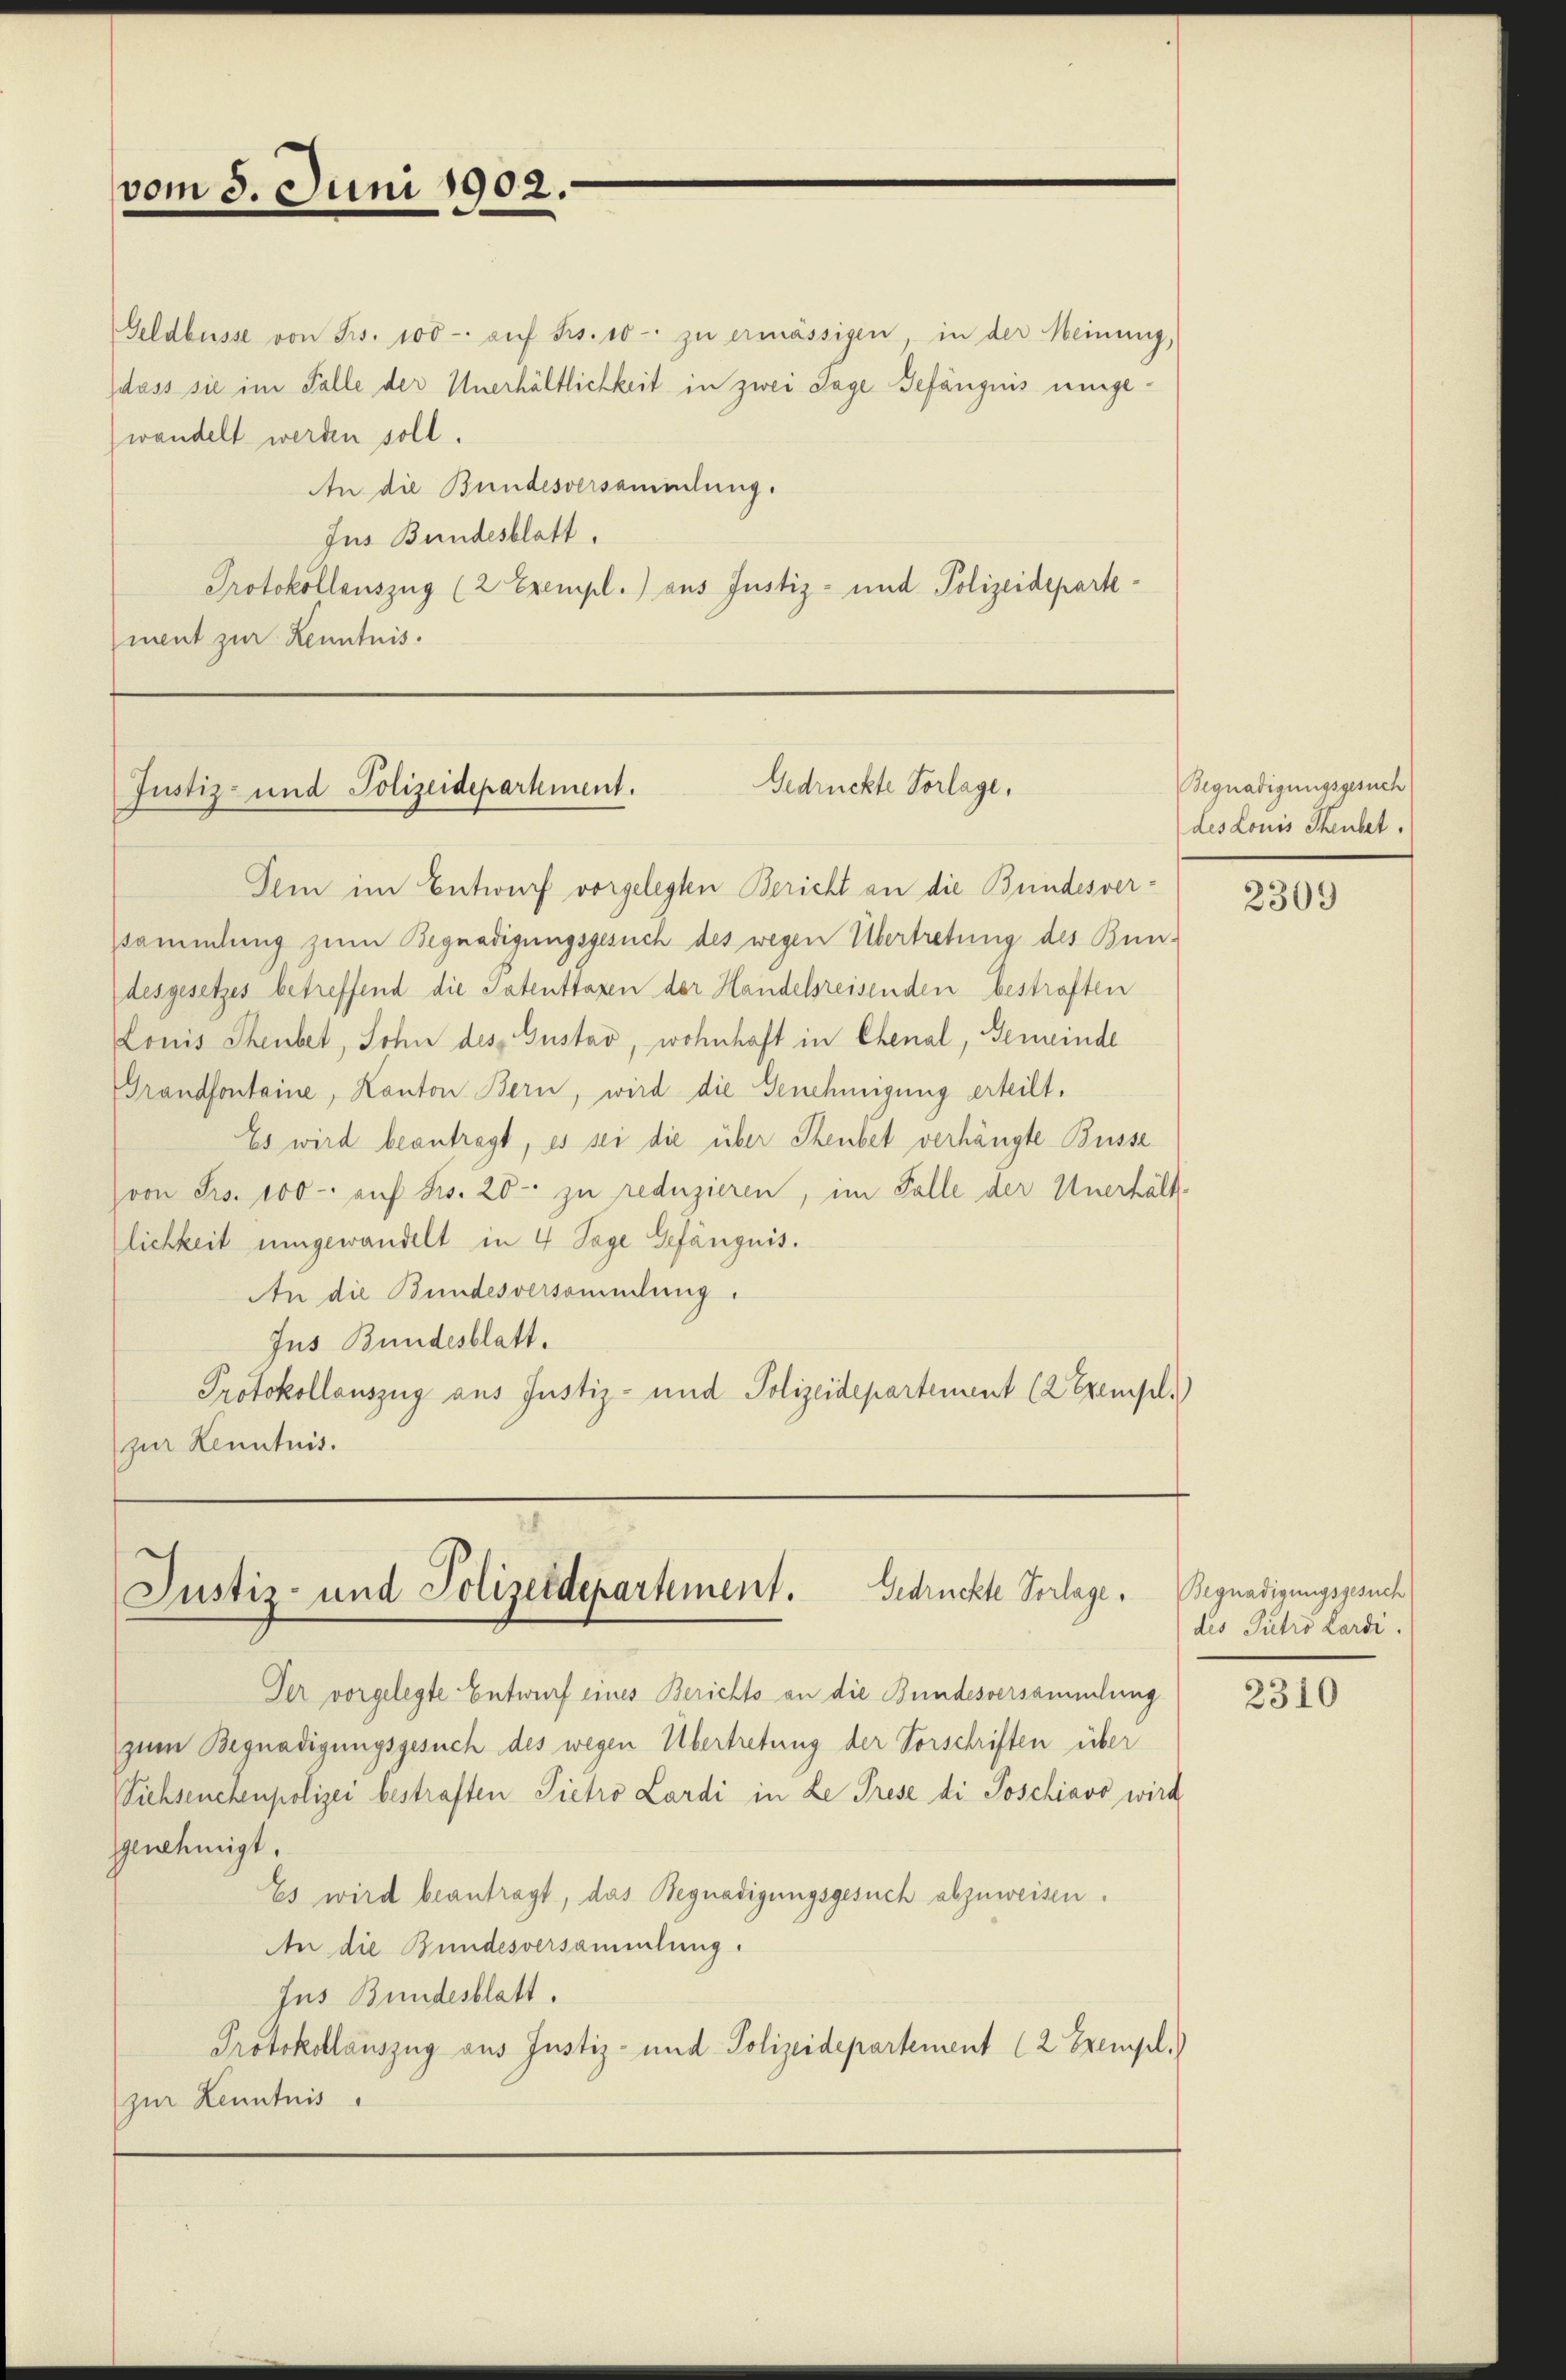
vom 3. Juni 1902.

Geldbusse von Frs. 100- aŭf Frs. 10 - zu ermässigen, in der Meinung,
dass sie im Falle der Unerhältlichkeit in zwei Tage Gefängnis umgewandelt werden soll.
An die Bundesversammlung.
Jus Bundesblatt.
Protokollauszug (2 Exempl.) aus Justiz- und Polizeidepartement zur Kenntnis.

Gedrückte Vorlage,
Justiz- und Polizeidepartement.

dem im Entwurf vorgelegten Bericht an die Bundesverssammlung zum Begnadigungsgesuch des wegen Übertretung des Bundesgesetzes betreffend die Tatenttaxen der Handelsreisenden bestraften
Louis Theubet, Sohn des Gustav, wohnhaft in Chenal, Gemeinde
Grandfontaine, Kanton Bern, wird die Genehmigung erteilt.
Es wird beantragt, es sei die über Steubet verhängte Busse
(von Frs. 100. auf Fr. 20 - zu reduzieren, im Falle der Unerhält-
lichkeit umgewandelt in 4 Tage Gefängnis.
An die Bundesversammlung.
Jus Bundesblatt.
Protokollauszug aus Justiz- und Polizeidepartement (2 Exempl.
zur Kenntnis.

Justiz- und Polizeidepartement. Gedrückte Verlage,

Der vorgelegte Entwurf eines Berichts an die Bundesversammlung
zum Begnadigungsgesuch des wegen Übertretung der Vorschriften über
Siehseuchenpolizei bestraften Pietro Lardi in Le Trese di Poschiavo wird
genehmigt.
Es wird beantragt, das Begnadigungsgesuch abzuweisen.
An die Bundesversammlung.
Jus Bundesblatt.
Protokollauszug aus Justiz- und Polizeidepartement (2 Exempl.)
zur Kenntnis

Begnadigungsgesuch
des Louis Theutet.

2309

Begnadigungsgesuch
des Pietro Lardi.

2310